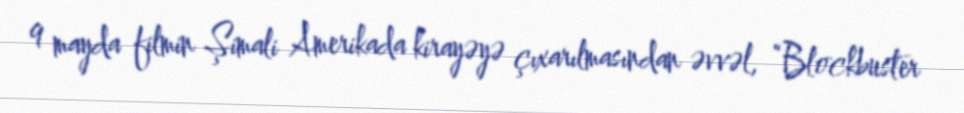
9 mayda filmin Şimali Amerikada kirayəyə çıxarılmasından əvvəl, “Blockbuster